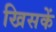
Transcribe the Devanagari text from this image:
खिसकें